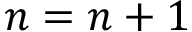
n = n + 1